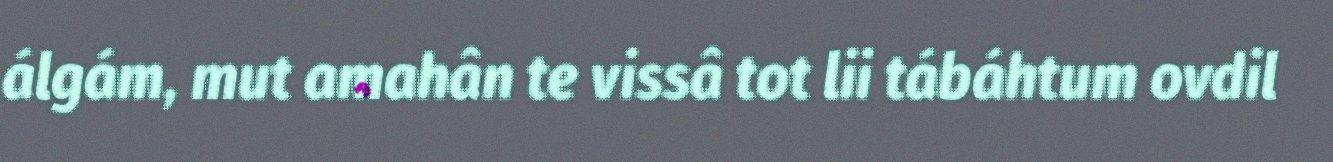
álgám, mut amahân te vissâ tot lii tábáhtum ovdil